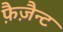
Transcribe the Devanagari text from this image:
फ़ैज़ैन्ट